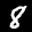
Label: 8